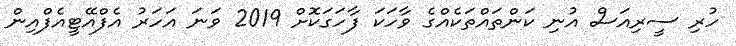
ހުރި ސީރިއަސް އުނި ކަންތައްތަކެއްގެ ވާހަކަ ފާހަގަކޮށް 2019 ވަނަ އަހަރު އެފްއޭޓީއެފްއިން